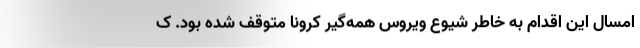
امسال این اقدام به خاطر شیوع ویروس همه‌گیر کرونا متوقف شده بود. ک